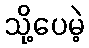
သို့ပေမဲ့